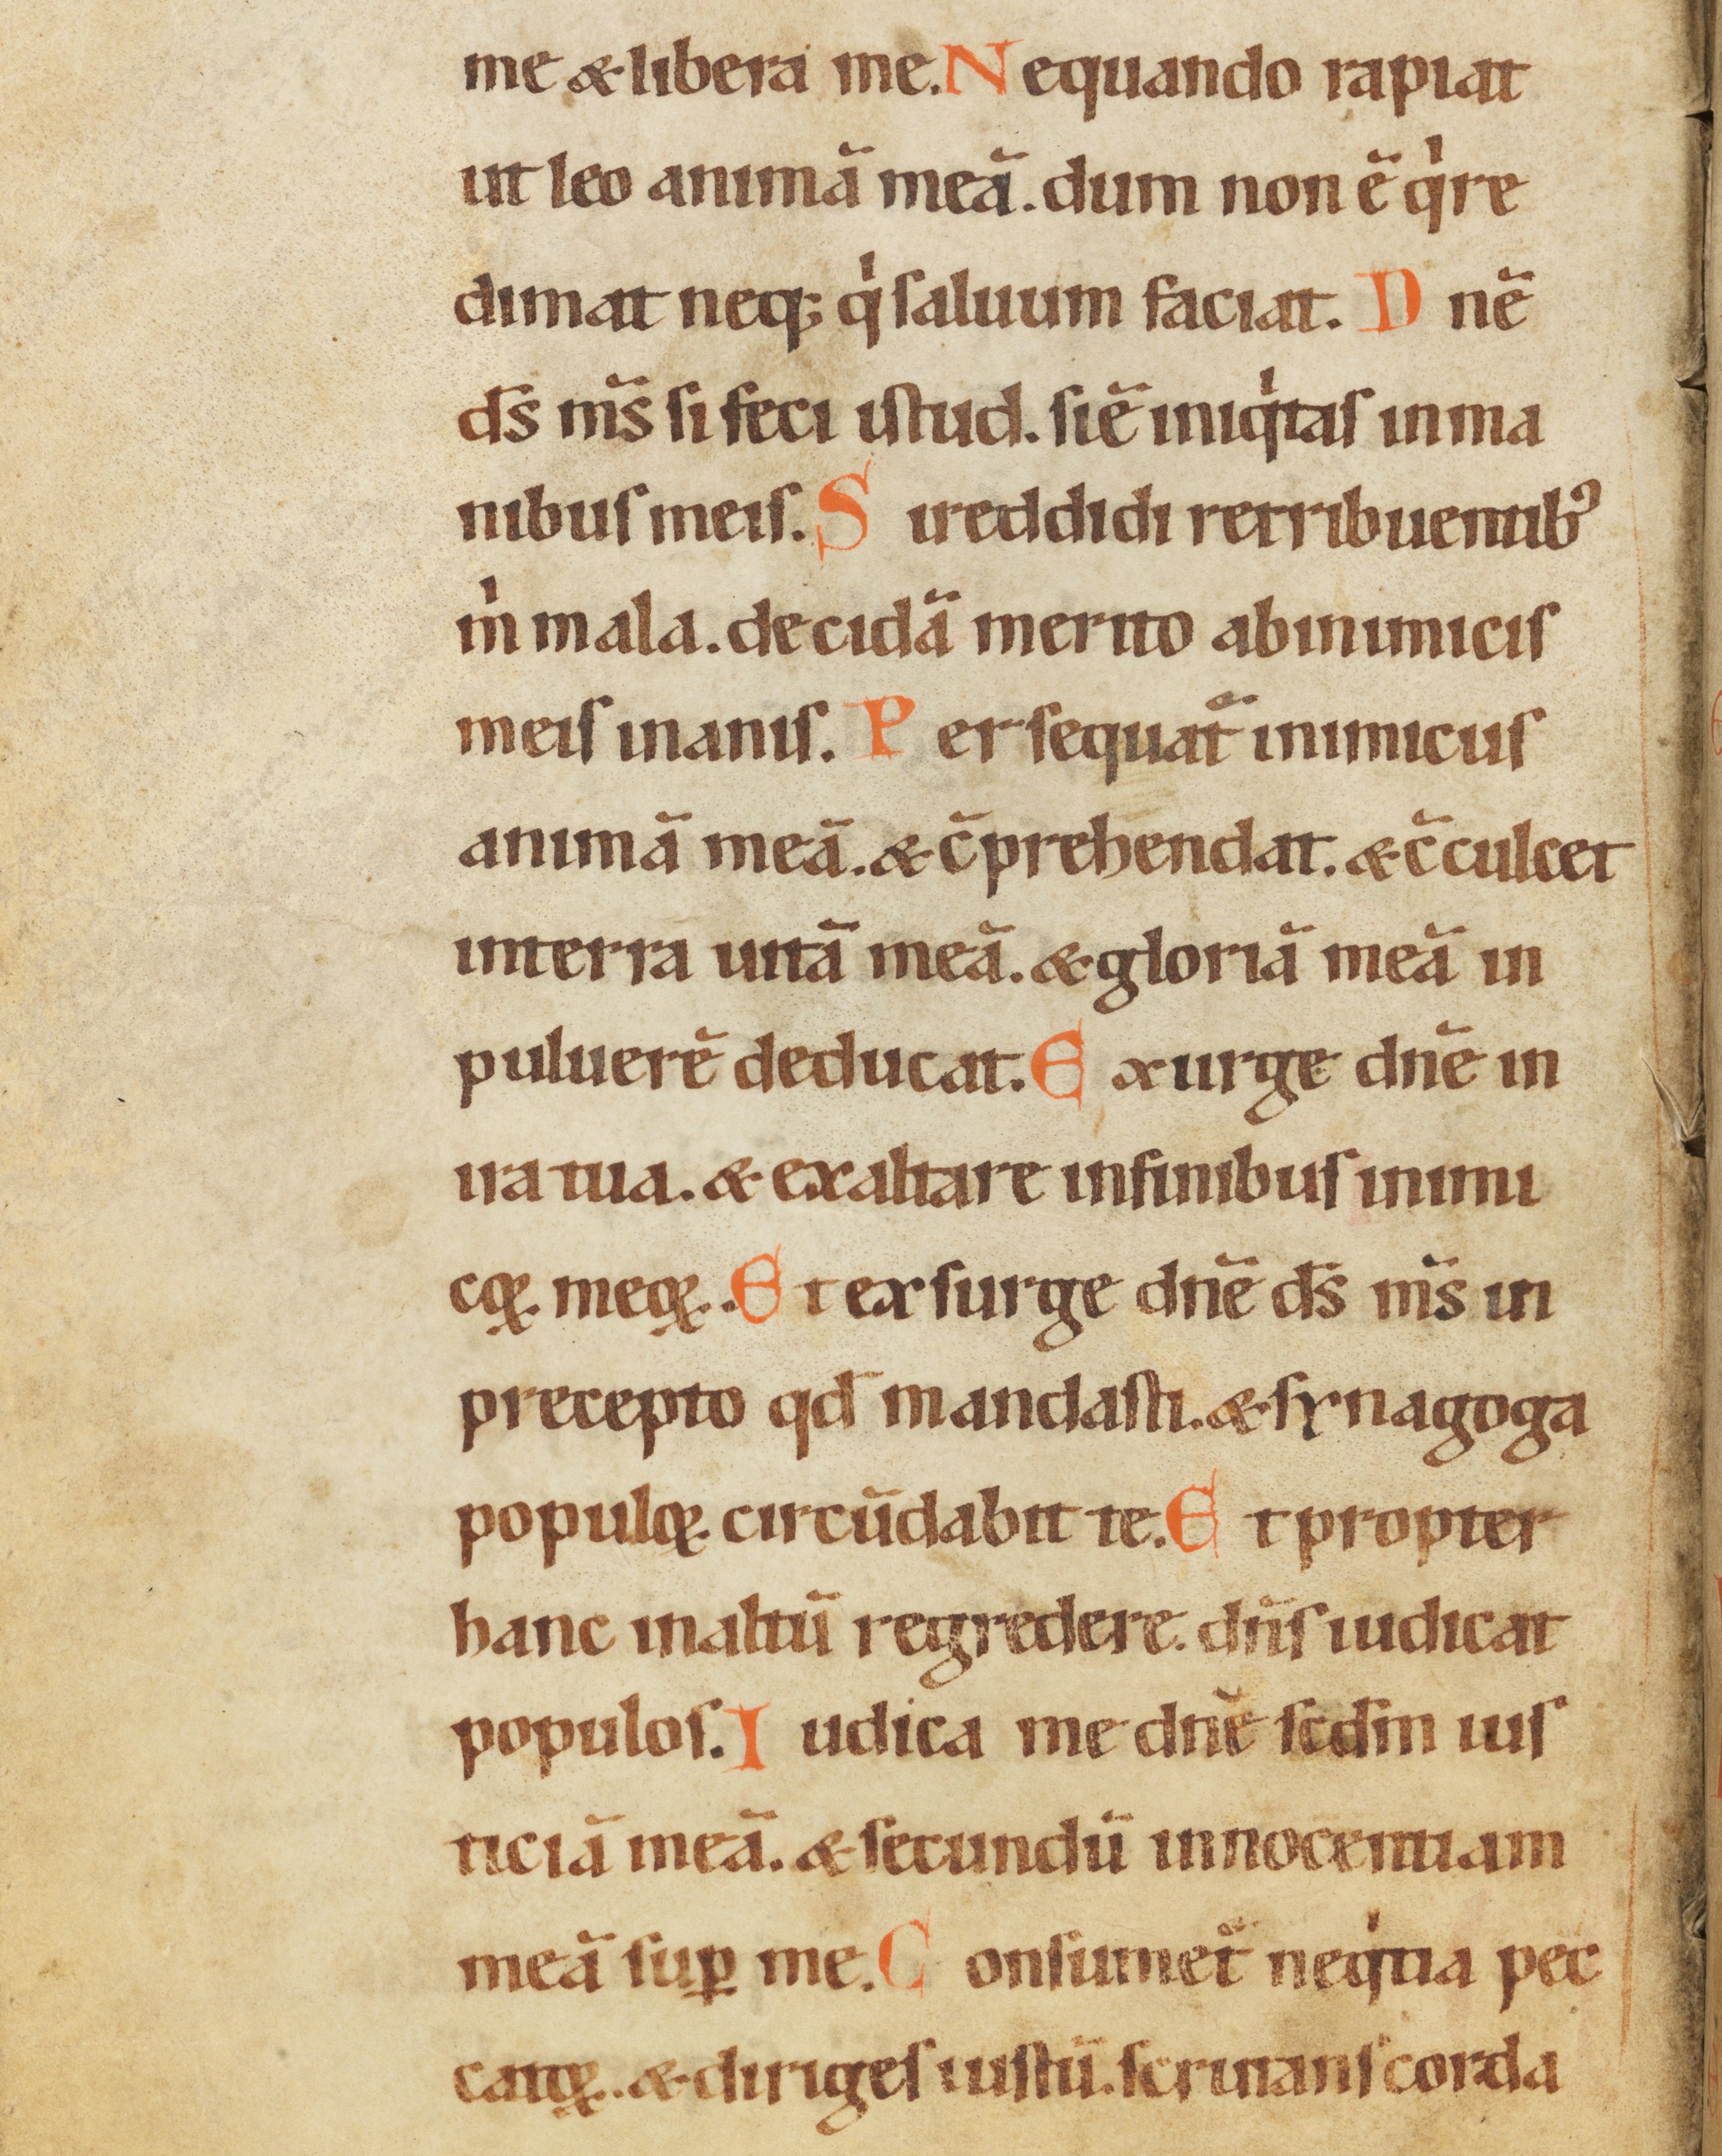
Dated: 1100–1199